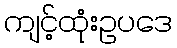
ကျင့်ထုံးဥပဒေ